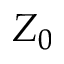
Z _ { 0 }